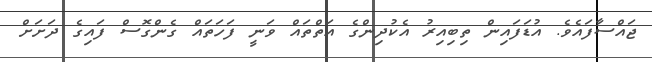
ޖައްސާފައެވެ. އުޑަފައިން ތިބިއިރު އެކުދިންގެ އަތްތައް ވަނީ ފަހަތައް ގެންގޮސް ފައިގެ ދަށަށް